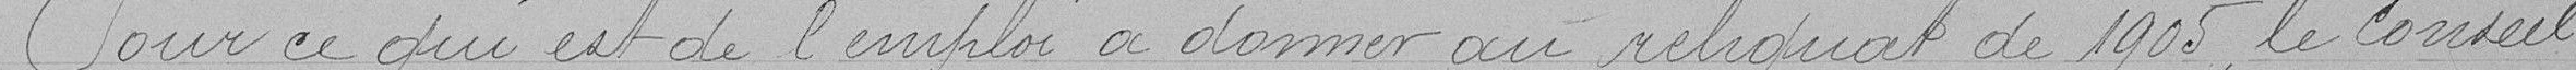
Pour ce qui est de l'emploi a donner au reliquat de 1905, le Conseil